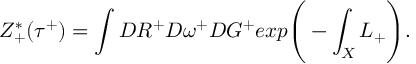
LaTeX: Z _ { + } ^ { * } ( \tau ^ { + } ) = \int { \cal D } R ^ { + } { \cal D } \omega ^ { + } { \cal D } G ^ { + } e x p \Bigg ( - \int _ { X } L _ { + } \Bigg ) .